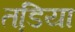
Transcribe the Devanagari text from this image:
तडि़या